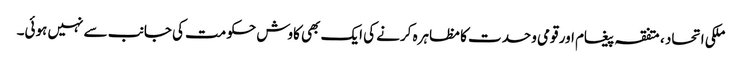
ملکی اتحاد ، متفقہ پیغام اور قومی وحدت کا مظاہرہ کرنے کی ایک بھی کاوش حکومت کی جانب سے نہیں ہوئی۔